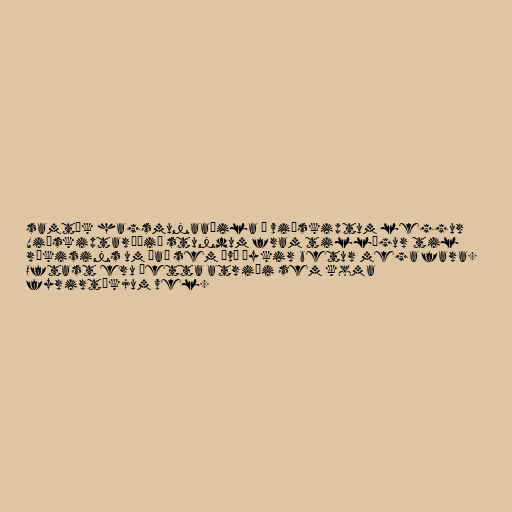
samtök hagsmunaaðila í viðskiptum leggur
Viðskiptaráðið stundum fram tillögur til
ríkisins um það sem því þykir betur mega fara.
Oftast eru þetta atriði sem koma
fyrirtækjum vel.